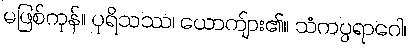
မဖြစ်ကုန်။ ပုရိသဿ၊ ယောကျ်ား၏။ သံကပ္ပရာဂေါ၊